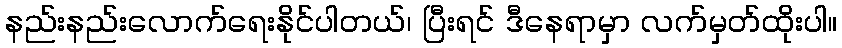
နည်းနည်းလောက်ရေးနိုင်ပါတယ်၊ ပြီးရင် ဒီနေရာမှာ လက်မှတ်ထိုးပါ။